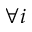
\forall i